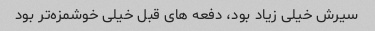
سیرش خیلی زیاد بود، دفعه هاى قبل خیلی خوشمزه‌تر بود